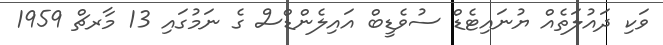
ވަކި ދައުލަތެއް ޔުނައިޓެޑް ސުވެޑީބް އައިލެންޑްސް ގެ ނަމުގައި 13 މާރޗް 1959